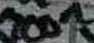
Text: 100n